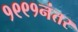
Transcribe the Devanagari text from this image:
१९९१नंतर